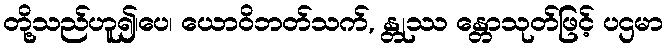
တို့သည်ဟူ၍၊ပေ၊ ယောဝိဘတ်သက်, န္တုဿ န္တောသုတ်ဖြင့် ပဌမာ